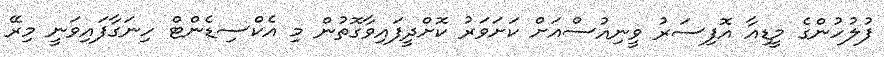
ފުލުހުންގެ މީޑިއާ އޮފިސަރު ވީނިއުސްއަށް ކަށަވަރު ކޮށްދީފައިވާގޮތުން މި އެކްސިޑެންޓް ހިނަގާފައިވަނީ މިރޭ